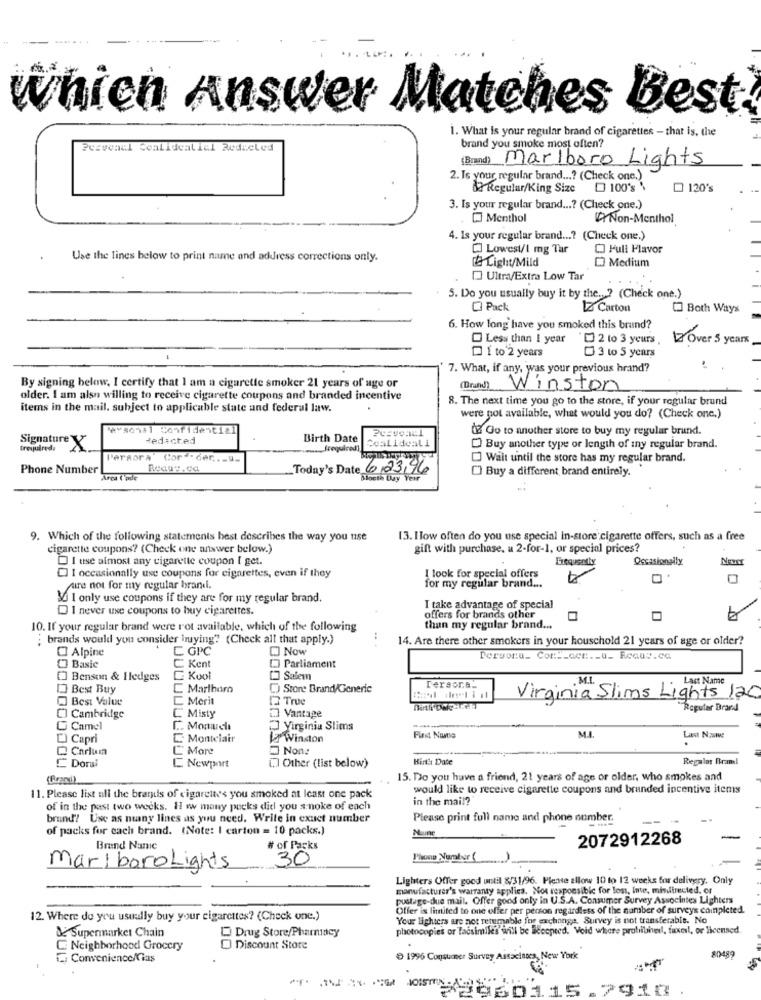
Which Answer Matches Best
1. What is your regular brand of cigarettes - that is, the
Pcaveael coalidealiel Reducled
brand you smoke most often?
(Brand) Marlboro Lights
2. Is your regular brand ...? (Check one.)
82 Regular/King Size 0 100's \
120's
3. Is your regular brand ...? (Check one.)
Menthol
VYNon-Menthol
4. Is your regular brand ...? (Check one.)
[] Lowest/1 mg Tar
O Full Favor
Use the lines below to print name and address corrections only.
Light/Mild
DO Medium
Ultra/Extra Low Tar
5. Do you usually buy it by the. ? (Check one.)
O Pack
LZ Carton
[] Both Ways
6. How long have you smoked this brand?
Less than 1 year
* 2 to 3 years ,
12 Over 5 years
1 to 2 years
3 to 5 years
7. What, if any, was your previous hrand?
By signing below. I certify that I am a cigarette smoker 21 years of age or
(Brand)
Winston
older. I am alsn willing to receive cigarette coupons and branded incentive
8. The next time you go to the store, if your regular brund
items in the mail. subject to applicable state and federal law.
were not available, what would you do? (Check one.)
A-80141 Confidential
(2 Go to another store to buy my regular brund.
Redacted
Birth Date
Coalideali
Signature X
trequirede
fregulred]
Buy another type or length of iny regular brand.
Peraora" Corª-der ... u.
Wait until the store has my regular brand.
Phone Number
Today's Date 6,23,96
[] Buy a different brand entirely.
Arca ( ade
Month Day veir
9. Which of the following statements best describes the way you use
[3. How often do you use special in-store'cigarette offers, such as a free
cigarette coupons? (Check one answer below.)
gift with purchase, a 2-for-1, or special prices?
I use almost any cigarette coupon i get.
Frequently
Occasionally
[] I occasionally use coupons for cigarettes, even if they
I look for special offers
for my regular brand ...
pure not for my regular brand.
3 I only use coupons if they are for my regular brand.
DI never use coupons to buy cigarettes.
I take advantage of special
offers for brands other
10. If your regular brand were rot available, which of the following
than my regular brand ...
; brands would you consider buying? (Check all that apply.)
14. Are there other smokers in your houschold 21 years of age or older?
O Alpine
C GPC
O Now
Persona_ Cor :__ cce ._ a_ Reaav.ca
Basic
Kent
Parliament
[] Benson & Hledges
Kool
Salem
Best Buy
L Marlboro
) Store Brand/Generic
Tersor.e.
Best Value
C Merit
12 True
Virginia Slims Lights 120
1.] Vantage
*Regular Brand
CI Cambridge
C. Misty
Camel
C. Monaureli
Virginia Slims
M.I.
[ Capri
Montelair
Winston
First Name
@ Carlun
C More
[.] Other (list below)
Hinte Date
Regalar Braml
Doral
C Newport
15. Do you have a friend, 21 years of age or older, who smokes and
would like to receive cigarette coupons and branded incentive items
11. Please list all the brands of cigarettes you smoked at least one pack
in the mail?
of in the past two weeks. H w many pucks did you s noke of each
brand? Use as nuany lines as you need. Write In exact number
Please print full name and phone number.
of packs for cach brand. (Note: I carton = 10 packs.)
Nine
2072912268
Brand Nanic
# of Packs
30
Phone Number ( )
marlboroLights
Lighters Offer good until 8/31/96. Please allow 10 to 12 weeks for delivery. Only
manufacturer's warranty applica. Not responsible for lost, Inte, misdirected. of
pustuge-due mail. Offer good only in U.S.A. Consumer Survey Associates Lighters
Offer is limited to one offer per person regardless of the number of surveys completed.
12. Where do you usually buy your cigarettes? (Check one.)
Your lighters are not rerumable for exchange, Survey is not transferable. No
Drug Store/Pharmacy
photocopies or Tacsimiles will be accepted. Void where protiished, taxeil, or licensed
De Supermarket Chain
Neighborhood Grocery
Discount Store
Convenience/Cias
1996 Consumer Survey Assacinges, New York
80489
1960115.7918